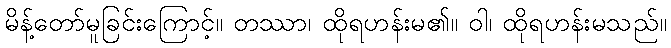
မိန့်တော်မူခြင်းကြောင့်။ တဿာ၊ ထိုရဟန်းမ၏။ ဝါ၊ ထိုရဟန်းမသည်။